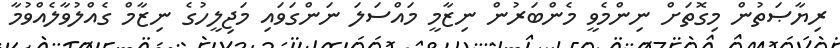
ރިޔާޞަތުން މިގޮތަށް ނިންމެވީ މެންބަރުން ނިޒާމީ މައްސަލަ ނަންގަވައި މަޖިލީހުގެ ނިޒާމް ގެއްލުވާލެއްވުމާ